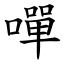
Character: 嘽